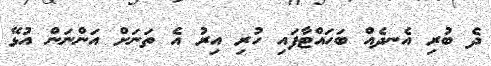
ދެ ބުރި އެނދެއް ބަހައްޓާފައި ހުރި އިރު އެ ތަނަށް އަންނަން އުޅޭ